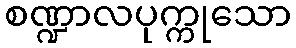
စဏ္ဍာလပုက္ကုသော